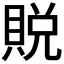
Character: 𫎙